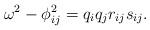
LaTeX: \begin{align*} \omega^2 - \phi_{i j}^2 = q_i q_j r_{i j} s_{i j}.\end{align*}